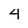
Character: 4